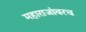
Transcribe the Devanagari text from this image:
महाराजांवरच